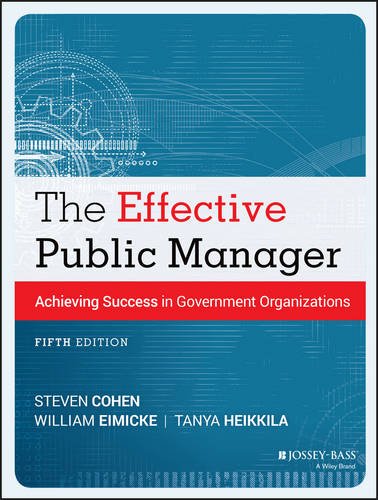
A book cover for The Effective Public Manager: Achieving Success in Government Organizations; Steven Cohen; Business & Money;